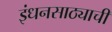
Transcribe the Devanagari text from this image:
इंधनसाठ्याची